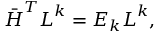
\begin{array} { r } { \boldsymbol { \bar { H } } ^ { T } { \boldsymbol { L } ^ { k } } = E _ { k } { \boldsymbol { L } ^ { k } } , } \end{array}